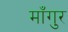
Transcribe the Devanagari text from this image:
माँगुर